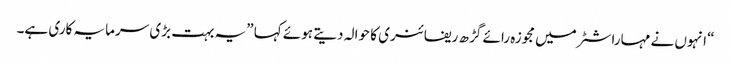
“ انہوں نے مہاراشٹر میں مجوزہ رائے گڑ ھ ریفائنری کا حوالہ دیتے ہوئے کہا ”یہ بہت بڑی سرمایہ کاری ہے۔